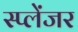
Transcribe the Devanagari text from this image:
स्प्लेंजर